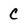
Character: C